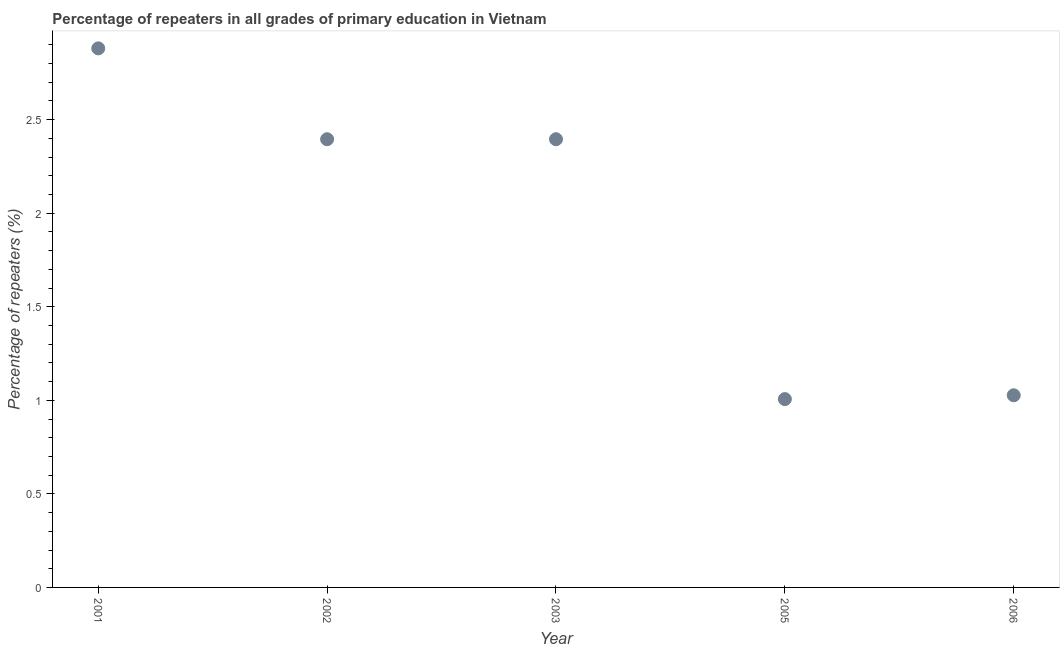
| Year | Repeaters in primary education |
 | --- | --- |
 | 2001 | 2.88 |
 | 2002 | 2.4 |
 | 2003 | 2.4 |
 | 2005 | 1.01 |
 | 2006 | 1.03 |